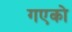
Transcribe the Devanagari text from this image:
गएको